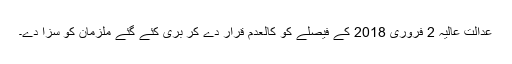
عدالت عالیہ 2 فروری 2018 کے فیصلے کو کالعدم قرار دے کر بری کئے گئے ملزمان کو سزا دے۔